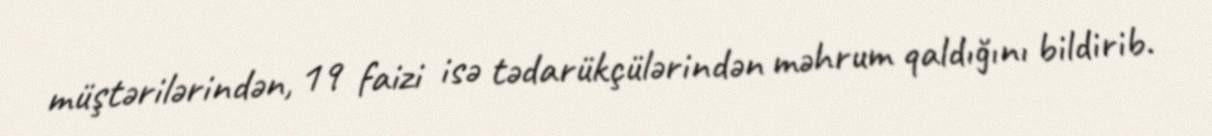
müştərilərindən, 19 faizi isə tədarükçülərindən məhrum qaldığını bildirib.